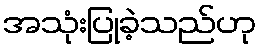
အသုံးပြုခဲ့သည်ဟု